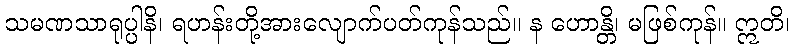
သမဏသာရုပ္ပါနိ၊ ရဟန်းတို့အားလျောက်ပတ်ကုန်သည်။ န ဟောန္တိ၊ မဖြစ်ကုန်။ ဣတိ၊